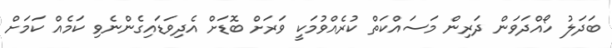
ބަދަލު ހޯއްދަވަން ދަރިން މަސައްކަތް ކުރެއްވުމަކީ ވަރަށް ބޮޑަށް އެދިވަޑައިގެންނެވި ކަމެއް ކަމަށް